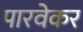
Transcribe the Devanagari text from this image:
पारवेकर